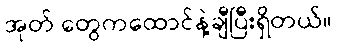
အုတ် တွေကထောင်နဲ့ချီပြီးရှိတယ်။